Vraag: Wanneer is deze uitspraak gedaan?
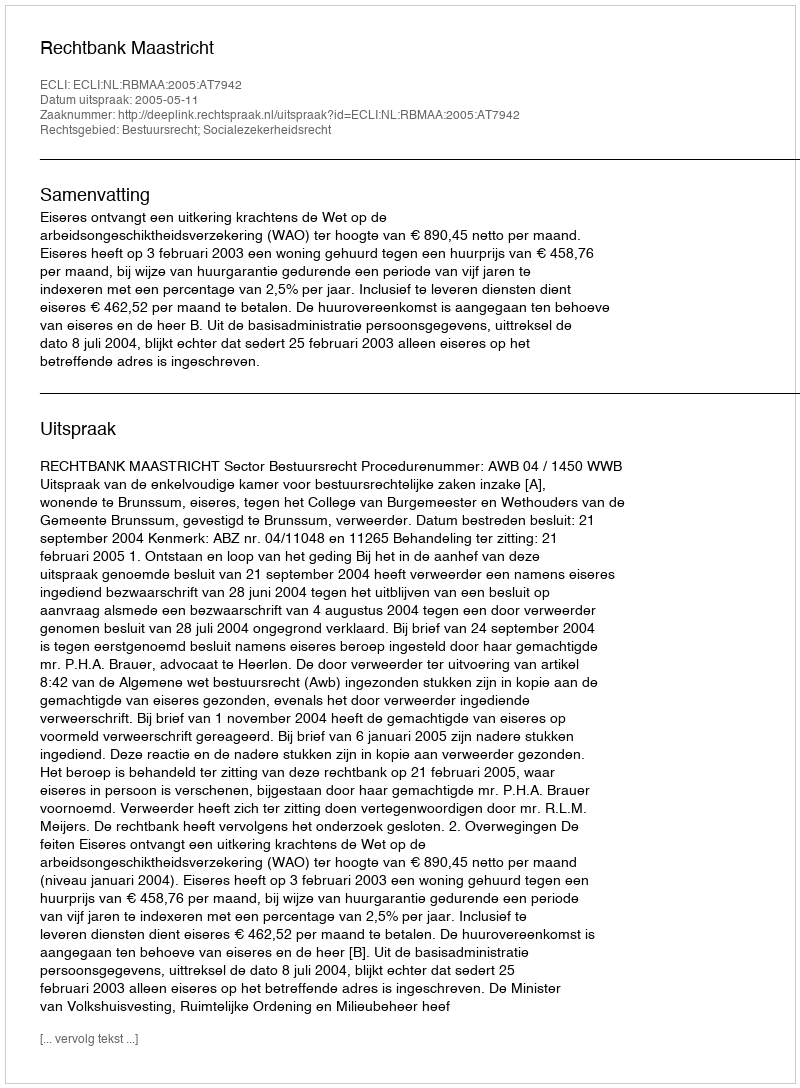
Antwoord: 2005-05-11